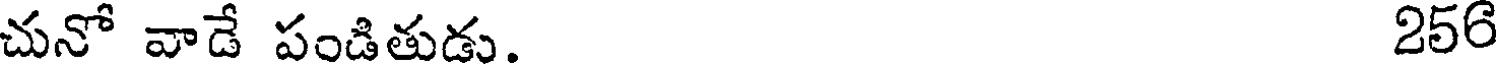
చునో వాడే పండితుడు. 256